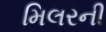
મિલરની